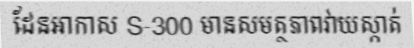
ដែនអាកាស S-300 មានសមត្ថភាពវាយស្កាត់